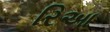
રિઆ